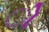
ો